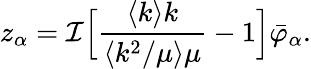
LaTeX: z_{\alpha}=\mathcal{I}\Bigl[\frac{\langle k\rangle k}{\langle k^{2}/\mu\rangle\mu}-1\Bigr]\bar{\varphi}_{\alpha}.